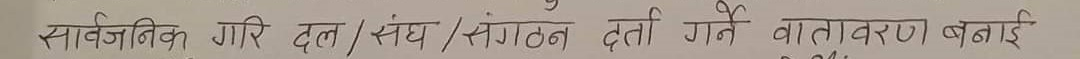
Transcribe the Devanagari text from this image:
सार्वजनिक गर दल/संघ/संगठन दर्ता गर्ने वातावरण बनाई